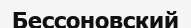
Бессоновский